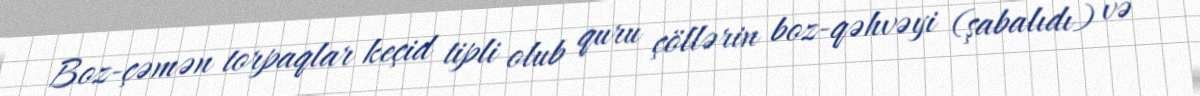
Boz-çəmən torpaqlar keçid tipli olub quru çöllərin boz-qəhvəyi (şabalıdı) və